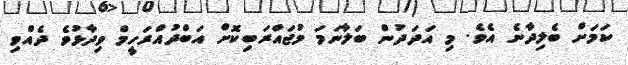
ކަމަށް ބެލިދާނެ އެވެ. މި އަދަދުން ބަލާނަމަ މުޖައްރަބިކޮށް އަބްދުއްރަހީމް ވިދާޅުވެ ދެއްވި